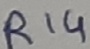
Text: R14